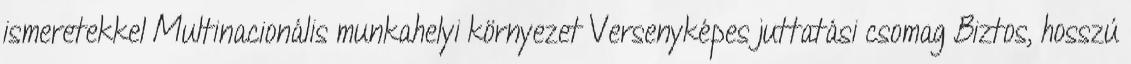
ismeretekkel Multinacionális munkahelyi környezet Versenyképes juttatási csomag Biztos, hosszú